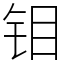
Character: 钼